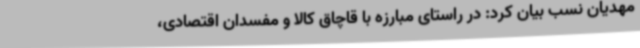
مهدیان نسب بیان کرد: در راستای مبارزه با قاچاق کالا و مفسدان اقتصادی،